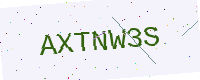
Text: AXTNW3S